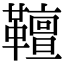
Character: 𩍕